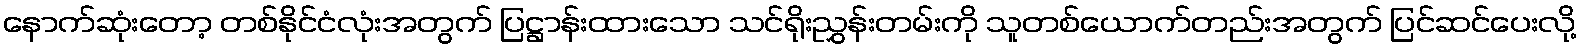
နောက်ဆုံးတော့ တစ်နိုင်ငံလုံးအတွက် ပြဋ္ဌာန်းထားသော သင်ရိုးညွှန်းတမ်းကို သူတစ်ယောက်တည်းအတွက် ပြင်ဆင်ပေးလို့